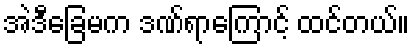
အဲဒီခြေမက ဒဏ်ရာကြောင့် ထင်တယ်။